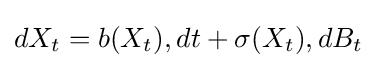
dX_{t}=b(X_{t}),dt+\sigma (X_{t}),dB_{t}